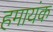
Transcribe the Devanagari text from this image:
हमायंक